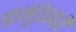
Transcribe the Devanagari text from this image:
चामुंडेस्वरी